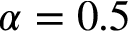
\alpha = 0 . 5